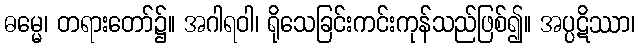
ဓမ္မေ၊ တရားတော်၌။ အဂါရဝါ၊ ရိုသေခြင်းကင်းကုန်သည်ဖြစ်၍။ အပ္ပဋိဿာ၊